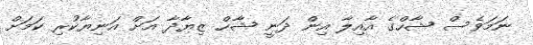
ނަމަވެސް ޝާހްގެ އާއިލާ އިން ދަނީ ޝާހް ޒިޔާދާ އަށް އަނިޔާކުރި ކަމަށް